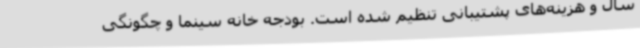
سال و هزینه‌های پشتیبانی تنظیم شده است. بودجه خانه سینما و چگونگی